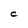
Character: c